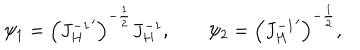
\psi _ { 1 } = \left( { J _ { H } ^ { - 1 } } ^ { \prime } \right) ^ { - { \frac { 1 } { 2 } } } J _ { H } ^ { - 1 } , \qquad \psi _ { 2 } = \left( { J _ { H } ^ { - 1 } } ^ { \prime } \right) ^ { - { \frac { 1 } { 2 } } } ,